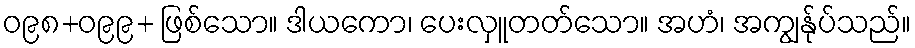
ဝ၉၈+ဝ၉၉+ ဖြစ်သော။ ဒါယကော၊ ပေးလှူတတ်သော။ အဟံ၊ အကျွန်ုပ်သည်။